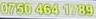
0750 464 1789